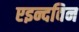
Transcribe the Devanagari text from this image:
एइन्दविन